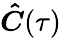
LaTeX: \boldsymbol{\hat{C}}(\tau)